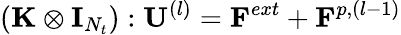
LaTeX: ({\mathbf{\mathbf{\mathbf{K}}}}\otimes{\mathbf{\mathbf{\mathbf{I}}}}_{N_{t}}):{\mathbf{\mathbf{\mathbf{U}}}}^{(l)}={\mathbf{\mathbf{\mathbf{F}}}}^{ext}+{\mathbf{\mathbf{\mathbf{F}}}}^{p,(l-1)}